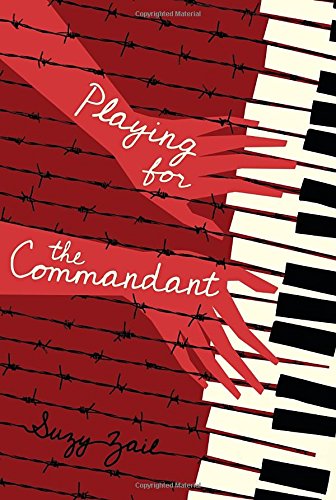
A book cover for Playing for the Commandant; Suzy Zail; Teen & Young Adult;